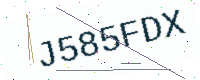
Text: J585FDX